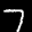
Label: 7